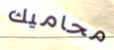
محاميك